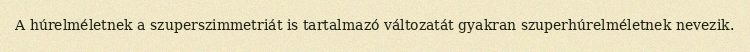
A húrelméletnek a szuperszimmetriát is tartalmazó változatát gyakran szuperhúrelméletnek nevezik.